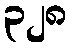
၃၂၈